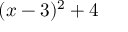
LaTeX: ( x - 3 ) ^ { 2 } + 4